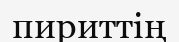
пириттің